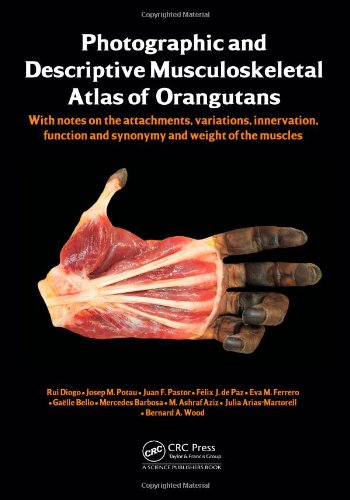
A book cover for Photographic and Descriptive Musculoskeletal Atlas of Orangutans: with notes on the attachments, variations, innervations, function and synonymy and weight of the muscles; Rui Diogo; Medical Books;